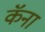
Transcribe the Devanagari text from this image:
कॅना